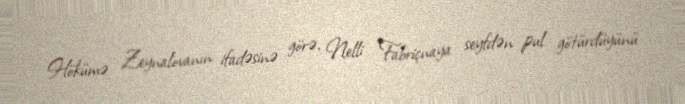
Hökümə Zeynalovanın ifadəsinə görə, Nelli Fabriçnaya seyfdən pul götürdüyünü